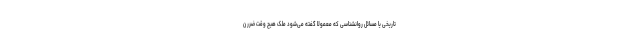
تاریخی یا مسائل روانشناسی که معمولا گفته می‌شود ملک هیچ وقت ضرر ن